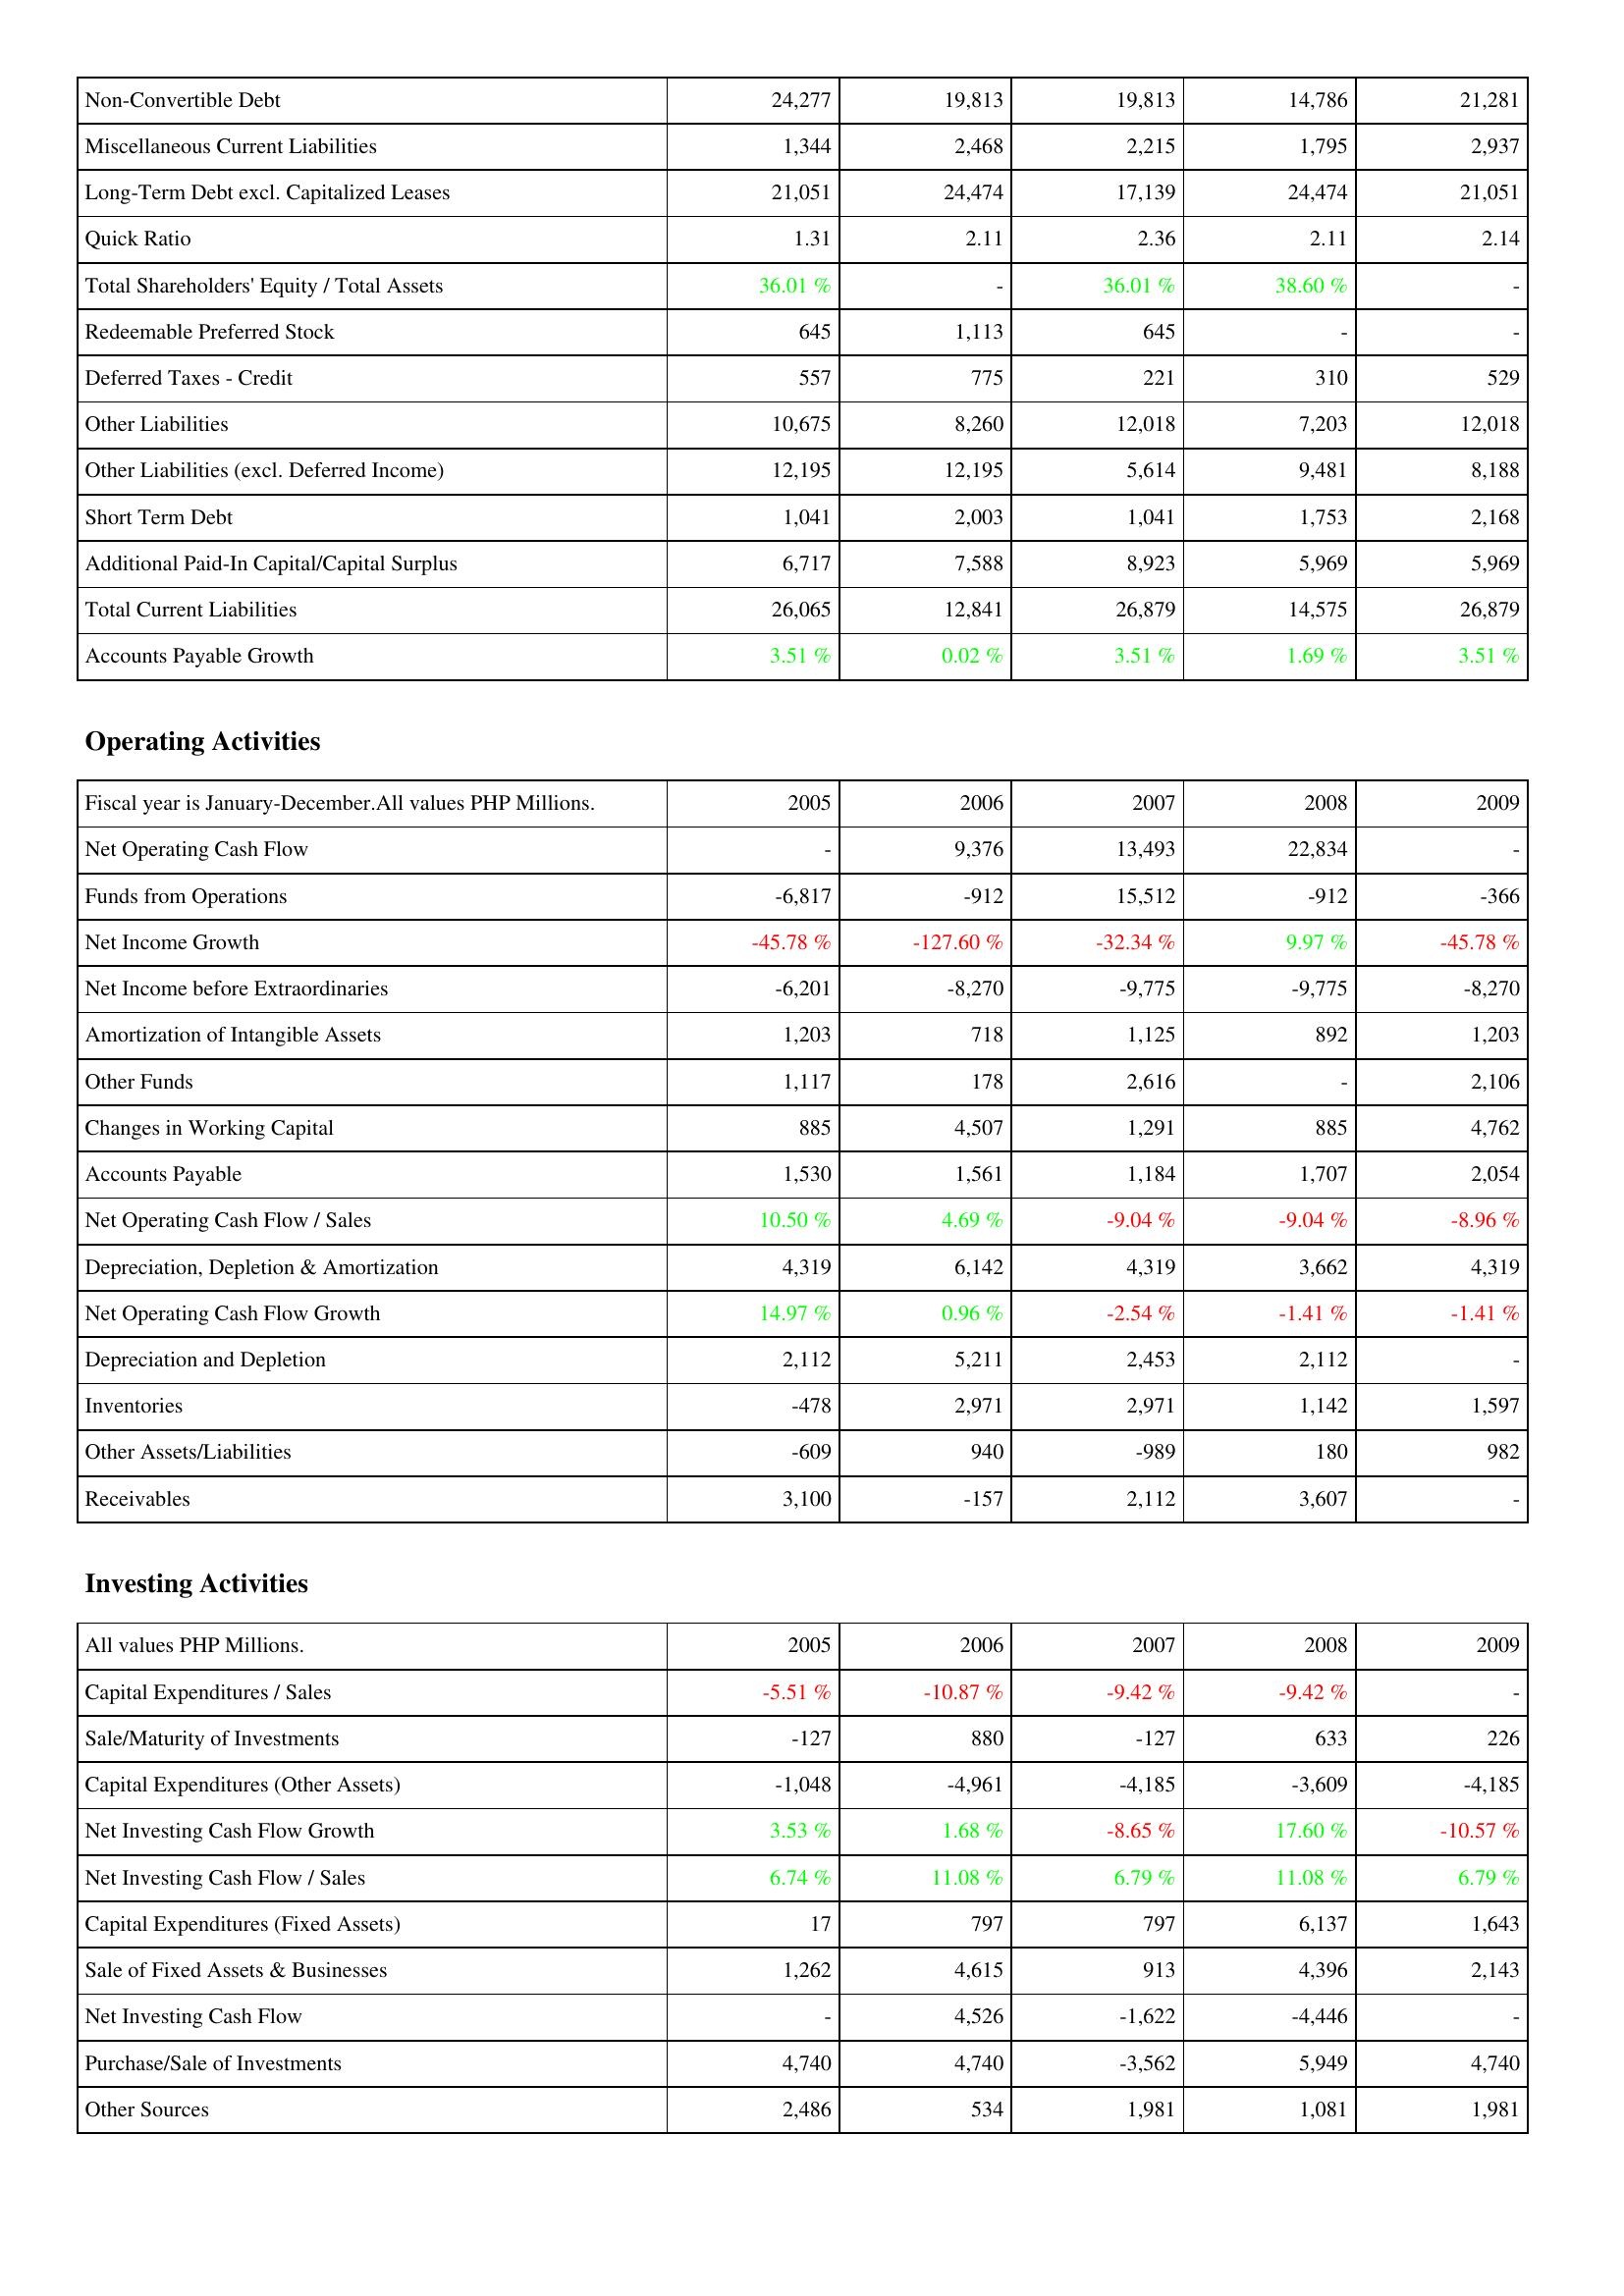
2005: Liabilities & Shareholders' Equity: Non-Convertible Debt: 24,277
Miscellaneous Current Liabilities: 1,344
Long-Term Debt excl. Capitalized Leases: 21,051
Quick Ratio: 1.31
Total Shareholders' Equity / Total Assets: 36.01 %
Redeemable Preferred Stock: 645
Deferred Taxes - Credit: 557
Other Liabilities: 10,675
Other Liabilities (excl. Deferred Income): 12,195
Short Term Debt: 1,041
Additional Paid-In Capital/Capital Surplus: 6,717
Total Current Liabilities: 26,065
Accounts Payable Growth: 3.51 %
Operating Activities: Net Operating Cash Flow: -
Funds from Operations: -6,817
Net Income Growth: -45.78 %
Net Income before Extraordinaries: -6,201
Amortization of Intangible Assets: 1,203
Other Funds: 1,117
Changes in Working Capital: 885
Accounts Payable: 1,530
Net Operating Cash Flow / Sales: 10.50 %
Depreciation, Depletion & Amortization: 4,319
Net Operating Cash Flow Growth: 14.97 %
Depreciation and Depletion: 2,112
Inventories: -478
Other Assets/Liabilities: -609
Receivables: 3,100
Investing Activities: Capital Expenditures / Sales: -5.51 %
Sale/Maturity of Investments: -127
Capital Expenditures (Other Assets): -1,048
Net Investing Cash Flow Growth: 3.53 %
Net Investing Cash Flow / Sales: 6.74 %
Capital Expenditures (Fixed Assets): 17
Sale of Fixed Assets & Businesses: 1,262
Net Investing Cash Flow: -
Purchase/Sale of Investments: 4,740
Other Sources: 2,486
2006: Liabilities & Shareholders' Equity: Non-Convertible Debt: 19,813
Miscellaneous Current Liabilities: 2,468
Long-Term Debt excl. Capitalized Leases: 24,474
Quick Ratio: 2.11
Total Shareholders' Equity / Total Assets: -
Redeemable Preferred Stock: 1,113
Deferred Taxes - Credit: 775
Other Liabilities: 8,260
Other Liabilities (excl. Deferred Income): 12,195
Short Term Debt: 2,003
Additional Paid-In Capital/Capital Surplus: 7,588
Total Current Liabilities: 12,841
Accounts Payable Growth: 0.02 %
Operating Activities: Net Operating Cash Flow: 9,376
Funds from Operations: -912
Net Income Growth: -127.60 %
Net Income before Extraordinaries: -8,270
Amortization of Intangible Assets: 718
Other Funds: 178
Changes in Working Capital: 4,507
Accounts Payable: 1,561
Net Operating Cash Flow / Sales: 4.69 %
Depreciation, Depletion & Amortization: 6,142
Net Operating Cash Flow Growth: 0.96 %
Depreciation and Depletion: 5,211
Inventories: 2,971
Other Assets/Liabilities: 940
Receivables: -157
Investing Activities: Capital Expenditures / Sales: -10.87 %
Sale/Maturity of Investments: 880
Capital Expenditures (Other Assets): -4,961
Net Investing Cash Flow Growth: 1.68 %
Net Investing Cash Flow / Sales: 11.08 %
Capital Expenditures (Fixed Assets): 797
Sale of Fixed Assets & Businesses: 4,615
Net Investing Cash Flow: 4,526
Purchase/Sale of Investments: 4,740
Other Sources: 534
2007: Liabilities & Shareholders' Equity: Non-Convertible Debt: 19,813
Miscellaneous Current Liabilities: 2,215
Long-Term Debt excl. Capitalized Leases: 17,139
Quick Ratio: 2.36
Total Shareholders' Equity / Total Assets: 36.01 %
Redeemable Preferred Stock: 645
Deferred Taxes - Credit: 221
Other Liabilities: 12,018
Other Liabilities (excl. Deferred Income): 5,614
Short Term Debt: 1,041
Additional Paid-In Capital/Capital Surplus: 8,923
Total Current Liabilities: 26,879
Accounts Payable Growth: 3.51 %
Operating Activities: Net Operating Cash Flow: 13,493
Funds from Operations: 15,512
Net Income Growth: -32.34 %
Net Income before Extraordinaries: -9,775
Amortization of Intangible Assets: 1,125
Other Funds: 2,616
Changes in Working Capital: 1,291
Accounts Payable: 1,184
Net Operating Cash Flow / Sales: -9.04 %
Depreciation, Depletion & Amortization: 4,319
Net Operating Cash Flow Growth: -2.54 %
Depreciation and Depletion: 2,453
Inventories: 2,971
Other Assets/Liabilities: -989
Receivables: 2,112
Investing Activities: Capital Expenditures / Sales: -9.42 %
Sale/Maturity of Investments: -127
Capital Expenditures (Other Assets): -4,185
Net Investing Cash Flow Growth: -8.65 %
Net Investing Cash Flow / Sales: 6.79 %
Capital Expenditures (Fixed Assets): 797
Sale of Fixed Assets & Businesses: 913
Net Investing Cash Flow: -1,622
Purchase/Sale of Investments: -3,562
Other Sources: 1,981
2008: Liabilities & Shareholders' Equity: Non-Convertible Debt: 14,786
Miscellaneous Current Liabilities: 1,795
Long-Term Debt excl. Capitalized Leases: 24,474
Quick Ratio: 2.11
Total Shareholders' Equity / Total Assets: 38.60 %
Redeemable Preferred Stock: -
Deferred Taxes - Credit: 310
Other Liabilities: 7,203
Other Liabilities (excl. Deferred Income): 9,481
Short Term Debt: 1,753
Additional Paid-In Capital/Capital Surplus: 5,969
Total Current Liabilities: 14,575
Accounts Payable Growth: 1.69 %
Operating Activities: Net Operating Cash Flow: 22,834
Funds from Operations: -912
Net Income Growth: 9.97 %
Net Income before Extraordinaries: -9,775
Amortization of Intangible Assets: 892
Other Funds: -
Changes in Working Capital: 885
Accounts Payable: 1,707
Net Operating Cash Flow / Sales: -9.04 %
Depreciation, Depletion & Amortization: 3,662
Net Operating Cash Flow Growth: -1.41 %
Depreciation and Depletion: 2,112
Inventories: 1,142
Other Assets/Liabilities: 180
Receivables: 3,607
Investing Activities: Capital Expenditures / Sales: -9.42 %
Sale/Maturity of Investments: 633
Capital Expenditures (Other Assets): -3,609
Net Investing Cash Flow Growth: 17.60 %
Net Investing Cash Flow / Sales: 11.08 %
Capital Expenditures (Fixed Assets): 6,137
Sale of Fixed Assets & Businesses: 4,396
Net Investing Cash Flow: -4,446
Purchase/Sale of Investments: 5,949
Other Sources: 1,081
2009: Liabilities & Shareholders' Equity: Non-Convertible Debt: 21,281
Miscellaneous Current Liabilities: 2,937
Long-Term Debt excl. Capitalized Leases: 21,051
Quick Ratio: 2.14
Total Shareholders' Equity / Total Assets: -
Redeemable Preferred Stock: -
Deferred Taxes - Credit: 529
Other Liabilities: 12,018
Other Liabilities (excl. Deferred Income): 8,188
Short Term Debt: 2,168
Additional Paid-In Capital/Capital Surplus: 5,969
Total Current Liabilities: 26,879
Accounts Payable Growth: 3.51 %
Operating Activities: Net Operating Cash Flow: -
Funds from Operations: -366
Net Income Growth: -45.78 %
Net Income before Extraordinaries: -8,270
Amortization of Intangible Assets: 1,203
Other Funds: 2,106
Changes in Working Capital: 4,762
Accounts Payable: 2,054
Net Operating Cash Flow / Sales: -8.96 %
Depreciation, Depletion & Amortization: 4,319
Net Operating Cash Flow Growth: -1.41 %
Depreciation and Depletion: -
Inventories: 1,597
Other Assets/Liabilities: 982
Receivables: -
Investing Activities: Capital Expenditures / Sales: -
Sale/Maturity of Investments: 226
Capital Expenditures (Other Assets): -4,185
Net Investing Cash Flow Growth: -10.57 %
Net Investing Cash Flow / Sales: 6.79 %
Capital Expenditures (Fixed Assets): 1,643
Sale of Fixed Assets & Businesses: 2,143
Net Investing Cash Flow: -
Purchase/Sale of Investments: 4,740
Other Sources: 1,981